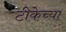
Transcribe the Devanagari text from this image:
टीकेच्या